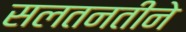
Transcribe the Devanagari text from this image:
सलतनतीने